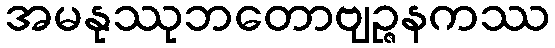
အမနုဿုဘတောဗျဉ္ဇနကဿ